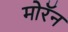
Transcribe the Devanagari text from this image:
मोरॅन